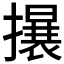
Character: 𱠻